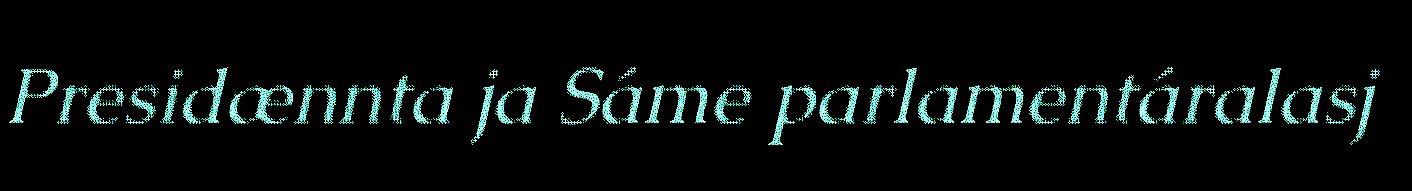
Presidænnta ja Sáme parlamentáralasj